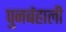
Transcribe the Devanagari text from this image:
पुनर्बहाली